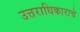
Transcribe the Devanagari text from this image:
उत्तराधिकाराचे